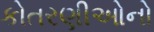
કોતરણીઓનો